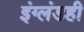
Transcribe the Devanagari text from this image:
इंग्लंडही